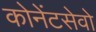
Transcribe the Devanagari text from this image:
कोनेंटसेवो